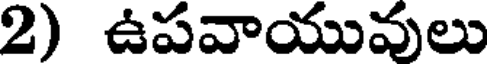
2) ఉపవాయువులు